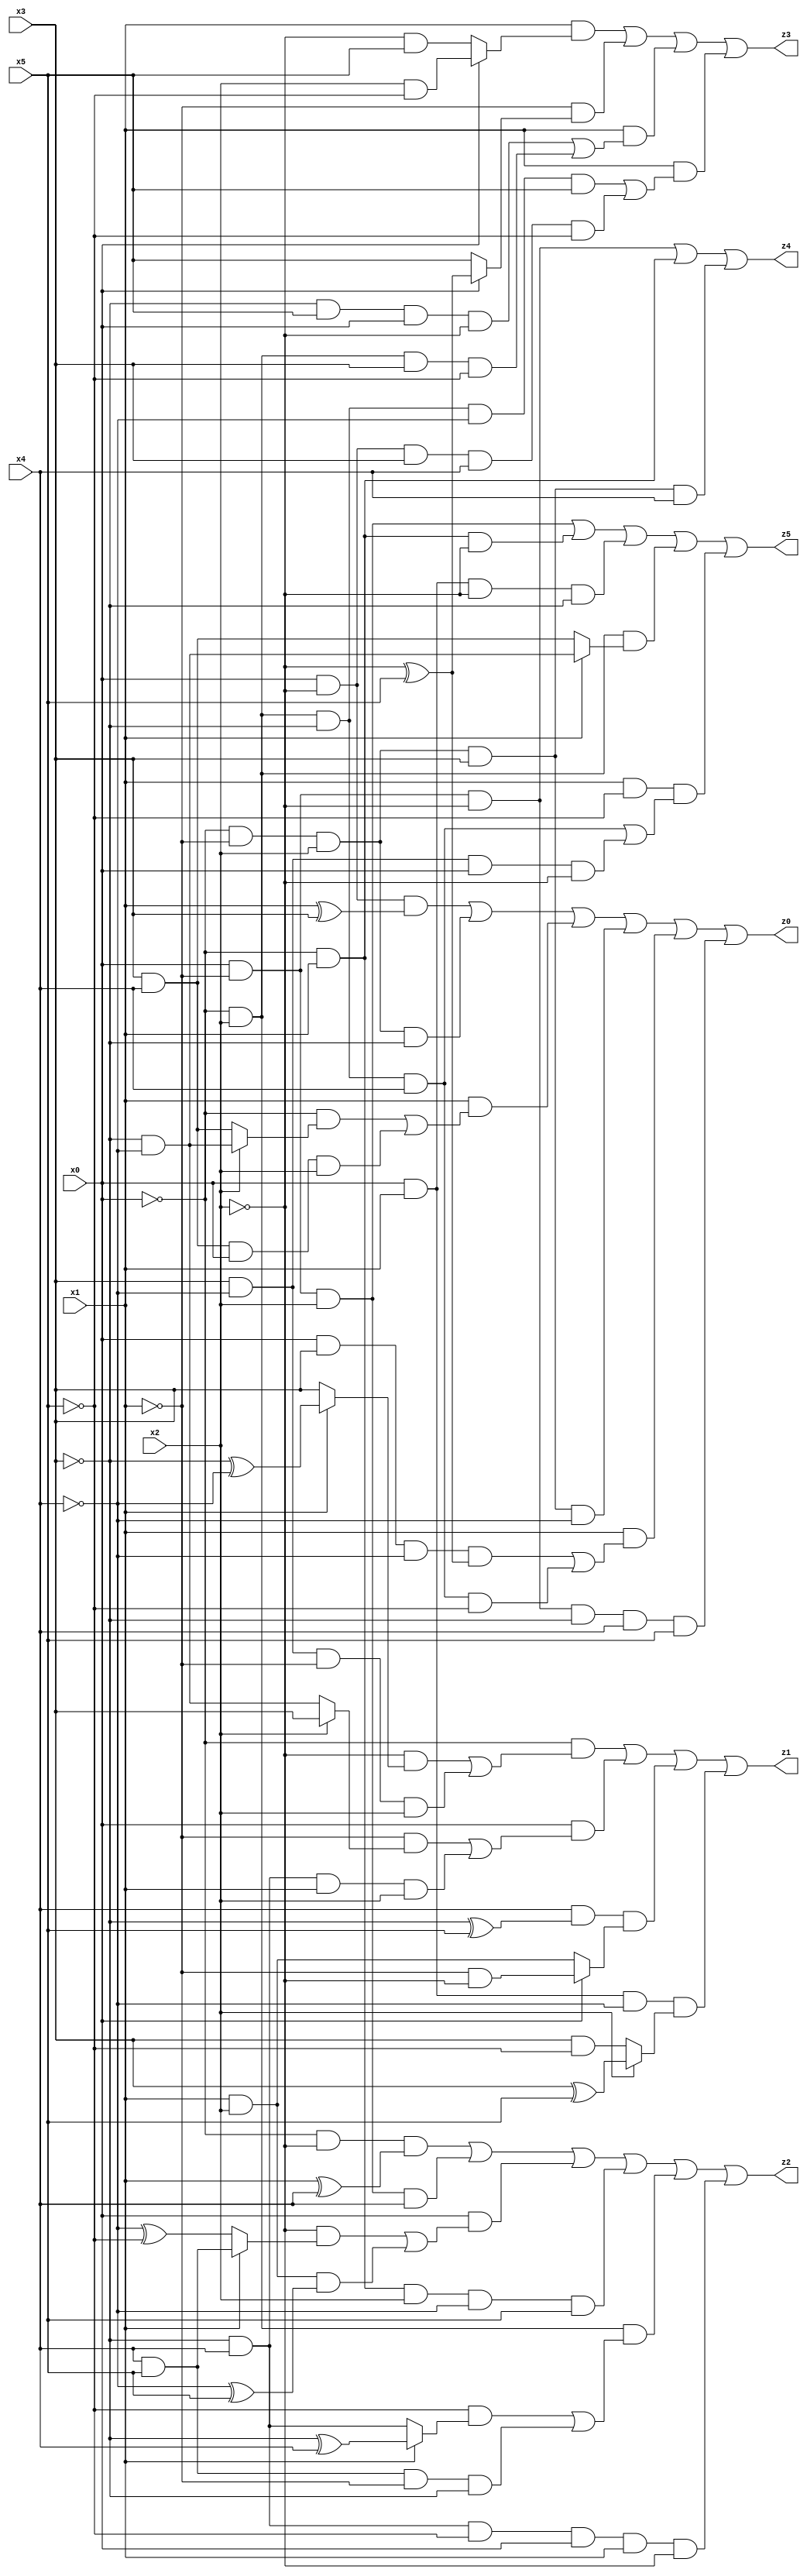
// Benchmark "X_62" written by ABC on Wed Jun 07 23:41:58 2023

module X_62 ( 
    x0, x1, x2, x3, x4, x5,
    z0, z1, z2, z3, z4, z5  );
  input  x0, x1, x2, x3, x4, x5;
  output z0, z1, z2, z3, z4, z5;
  assign z0 = (x0 & ~x2 & (x1 ^ x3)) | (~x0 & ~x1 & x2 & ~x3) | (x1 & ((~x0 & (x2 ? (~x3 & ~x4) : (x3 & x4))) | (x3 & x4 & x0 & x2))) | (~x0 & ~x1 & x2 & x3 & ~x4) | (x1 & ((x0 & x3 & ~x4 & (~x2 ^ x5)) | (~x0 & x2 & ~x3 & x4 & ~x5))) | (x0 & ~x1 & ~x2 & ~x3 & x4 & x5);
  assign z1 = (~x0 & ((~x2 & (x1 ? (~x3 ^ ~x4) : x3)) | (x3 & ~x4 & ~x1 & x2))) | (x0 & ((~x1 & (x2 ? x3 : (~x3 & ~x4))) | (~x3 & x4 & x1 & x2))) | (x4 & (~x3 ^ x5) & (x0 ? (~x1 & ~x2) : (x1 & x2))) | (x0 & x1 & ~x4 & (x2 ? (x3 ^ x5) : (x3 & ~x5)));
  assign z2 = (~x0 & ~x2 & (x1 ^ x4)) | (x0 & ~x1 & x2 & x4) | (x0 & ((~x2 & (x1 ? (x4 & x5) : (~x4 ^ ~x5))) | (x1 & x2 & (~x4 ^ x5)))) | (~x0 & x1 & x2 & ~x4 & x5) | (~x0 & x2 & ((~x5 & (x1 ? (~x3 ^ x4) : (~x3 & x4))) | (x4 & x5 & ~x1 & ~x3))) | (~x3 & x4 & ~x5 & x0 & x1 & ~x2);
  assign z3 = (x1 & (x0 ? (x2 & ~x5) : (~x2 & x5))) | (~x1 & (x0 ? (~x2 ^ x5) : x5)) | (x1 & ((~x3 & x5 & x0 & ~x2) | (~x0 & x2 & x3 & ~x5))) | (x1 & ((~x0 & x2 & ~x3 & ~x4 & x5) | (x0 & ~x2 & x3 & x4 & ~x5)));
  assign z4 = (x0 & ~x1 & ~x2) | (~x0 & x1) | (~x0 & ~x1 & x2 & x3 & x4);
  assign z5 = (x0 & ~x1 & x2) | (~x0 & x1 & ~x2) | (x0 & x1 & ~x2 & ~x3) | (~x0 & x2 & (x1 ? (~x3 & ~x4) : (x3 & x4))) | (x1 & ~x5 & ((~x0 & x2 & ~x3 & x4) | (x3 & ~x4 & x0 & ~x2)));
endmodule